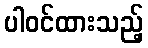
ပါဝင်ထားသည့်